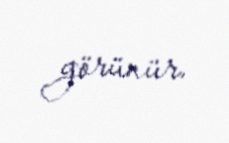
görünür.